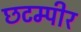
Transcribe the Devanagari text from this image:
छटम्पीर